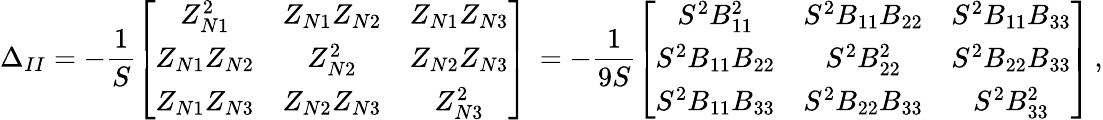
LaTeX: \Delta_{II}=-\frac{1}{S}\left[\begin{array}{ccc}{Z_{N1}^{2}}&{Z_{N1}Z_{N2}}&{Z_{N1}Z_{N3}}\\ {Z_{N1}Z_{N2}}&{Z_{N2}^{2}}&{Z_{N2}Z_{N3}}\\ {Z_{N1}Z_{N3}}&{Z_{N2}Z_{N3}}&{Z_{N3}^{2}}\end{array}\right]\, =-\frac{1}{9S}\left[\begin{array}{ccc}{S^{2}B_{11}^{2}}&{S^{2}B_{11}B_{22}}&{S^{2}B_{11}B_{33}}\\ {S^{2}B_{11}B_{22}}&{S^{2}B_{22}^{2}}&{S^{2}B_{22}B_{33}}\\ {S^{2}B_{11}B_{33}}&{S^{2}B_{22}B_{33}}&{S^{2}B_{33}^{2}}\end{array}\right]\, ,